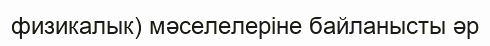
физикалык) мәселелеріне байланысты әр